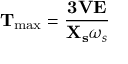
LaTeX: \mathbf { T } _ { \mathrm { m a x } } = { \frac { { \mathbf { 3 } } { \mathbf { V } } { \mathbf { E } } } { { \mathbf { X _ { s } } } { \omega _ { s } } } }